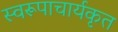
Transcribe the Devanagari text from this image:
स्वरूपाचार्यकृत